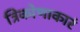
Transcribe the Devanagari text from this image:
त्रिकोणाकारं